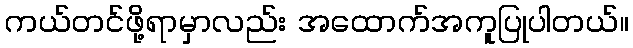
ကယ်တင်ဖို့ရာမှာလည်း အထောက်အကူပြုပါတယ်။